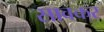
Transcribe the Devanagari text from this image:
सावकर